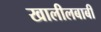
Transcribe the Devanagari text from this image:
खालीलबाबी